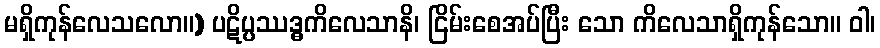
မရှိကုန်လေသလော။) ပဋိပ္ပဿဒ္ဓကိလေသာနိ၊ ငြိမ်းစေအပ်ပြီး သော ကိလေသာရှိကုန်သော။ ဝါ၊